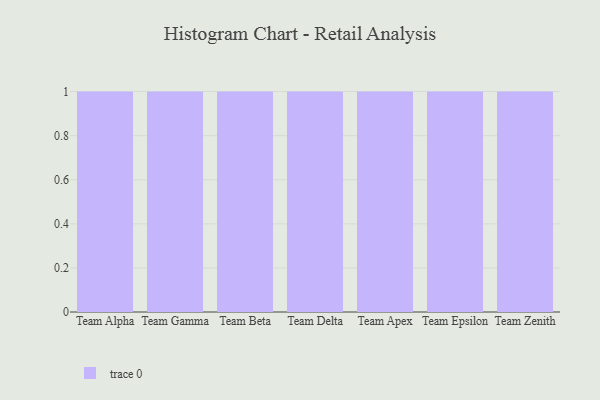
{"axis": {"x": "Team", "y": "Humidity (%)"}, "legend": [""], "data": [{"x": "Team Alpha", "y": 9, "type": ""}, {"x": "Team Gamma", "y": 21, "type": ""}, {"x": "Team Beta", "y": 16, "type": ""}, {"x": "Team Delta", "y": 39, "type": ""}, {"x": "Team Apex", "y": 11, "type": ""}, {"x": "Team Epsilon", "y": 7, "type": ""}, {"x": "Team Zenith", "y": 26, "type": ""}]}